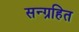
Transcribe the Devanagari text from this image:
सन्ग्रहित